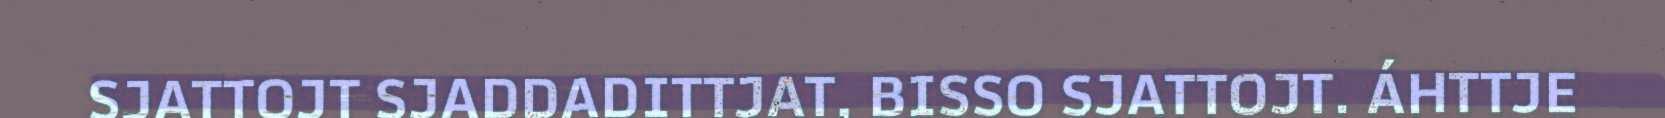
SJATTOJT SJADDADITTJAT, BISSO SJATTOJT. ÁHTTJE